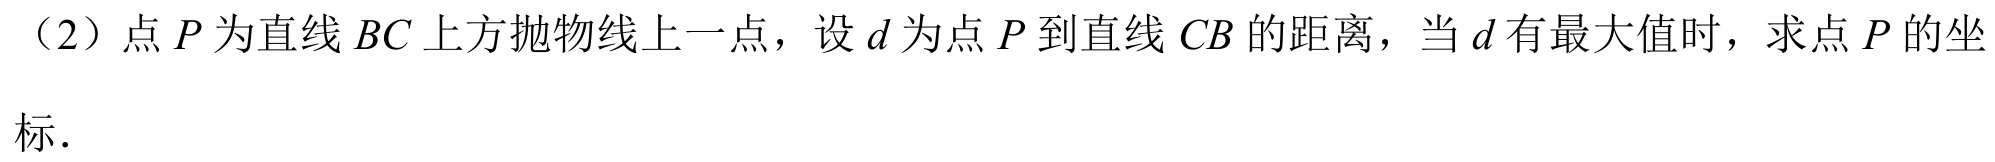
（2）点\(P\)为直线\(BC\)上方抛物线上一点，设\(d\)为点\(P\)到直线\(CB\)的距离，当\(d\)有最大值时，求点\(P\)的坐
标.